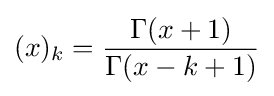
(x)_{k}={\frac {\Gamma (x+1)}{\Gamma (x-k+1)}}